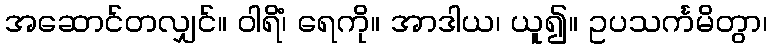
အဆောင်တလျှင်။ ဝါရိံ၊ ရေကို။ အာဒါယ၊ ယူ၍။ ဥပသင်္ကမိတွာ၊